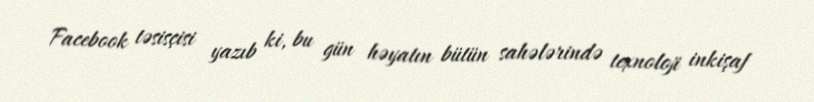
Facebook təsisçisi yazıb ki, bu gün həyatın bütün sahələrində texnoloji inkişaf